Trukikaitis_Postimees, lk 15
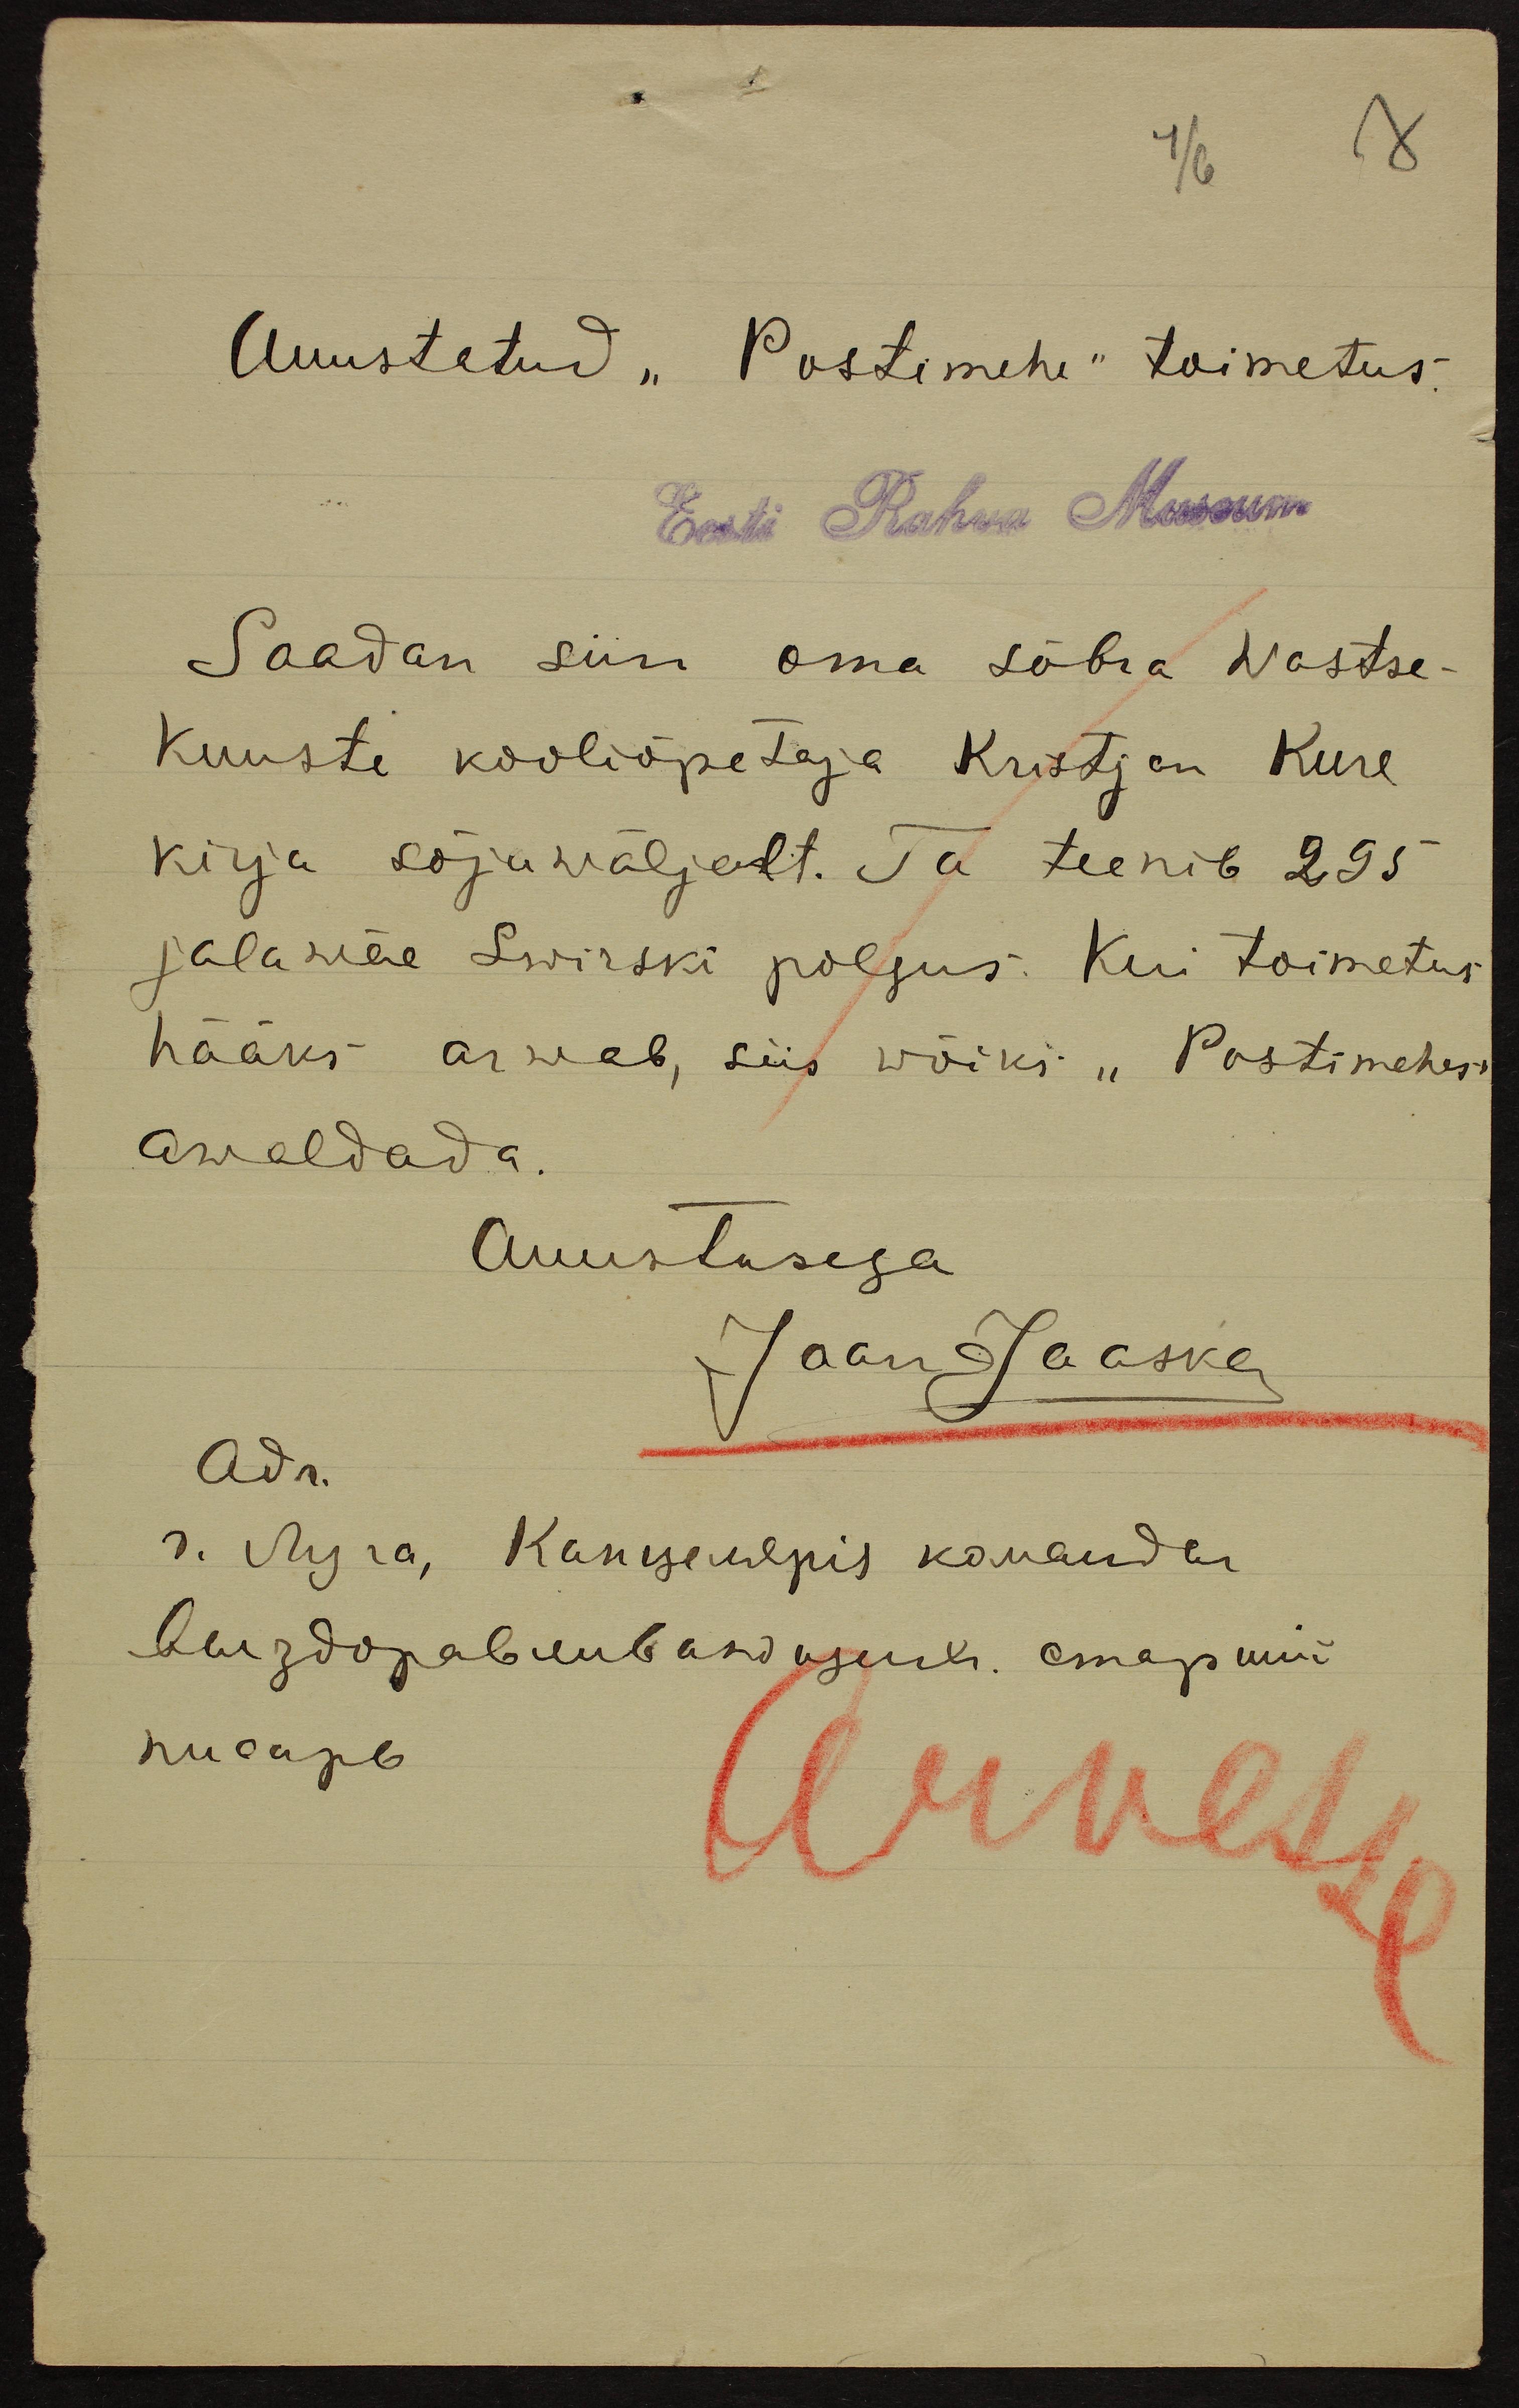
4/6
8
Auustatud "Postimehe" toimetus.
Eest Rahva Muuseum
Saadan siin oma sõbra Wastse-
Kuuste kooliõpetaja Kristjan Kure
kirja sõjawäljalt. Ta teenib 295
jala wäe Swirski polgus. Kui toimetus
hääks arwab, siis wõiks "Postimehes"
awaldada.
Auustusega
Jaan Jaaska
Adr.